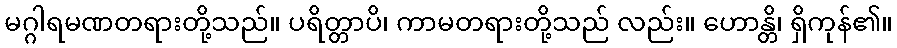
မဂ္ဂါရမဏတရားတို့သည်။ ပရိတ္တာပိ၊ ကာမတရားတို့သည် လည်း။ ဟောန္တိ၊ ရှိကုန်၏။